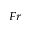
_ { F r }